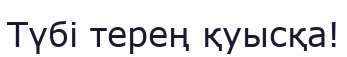
Түбі терең қуысқа!